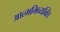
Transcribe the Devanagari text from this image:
आत्मभिव्यक्ति